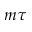
m \tau